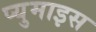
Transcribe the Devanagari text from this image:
प्युमाइस